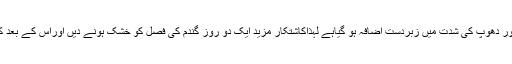
انہوںنے کہاکہ اب جبکہ موسم خشک اور دھوپ کی شدت میں زبردست اضافہ ہو گیاہے لہٰذاکاشتکار مزید ایک دو روز گندم کی فصل کو خشک ہونے دیں اوراس کے بعد کٹائی و گہائی کاعمل شروع کیا جائے ۔